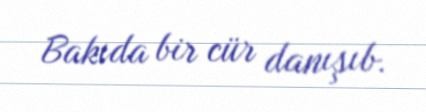
Bakıda bir cür danışıb.